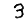
Digit: 3